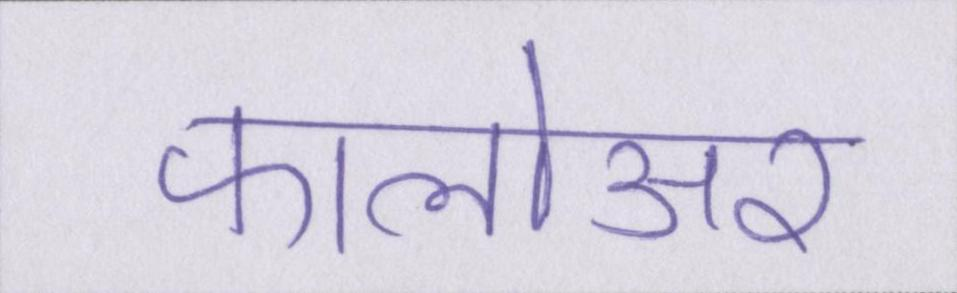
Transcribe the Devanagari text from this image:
फालोअर